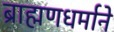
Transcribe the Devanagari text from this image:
ब्राह्मणधर्माने